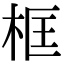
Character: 框